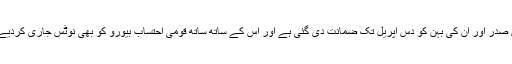
سابق صدر اور ان کی بہن کو دس اپریل تک ضمانت دی گئی ہے اور اس کے ساتھ ساتھ قومی احتساب بیورو کو بھی نوٹس جاری کردیے ہیں۔